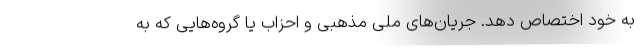
به خود اختصاص دهد. جریان‌های ملی مذهبی و احزاب یا گروه‌هایی که به